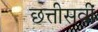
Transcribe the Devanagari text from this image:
छत्तीसवीं